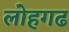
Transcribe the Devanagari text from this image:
लोहगढ